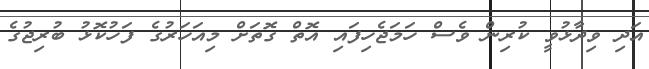
އަދި ވިދާޅުވީ ކުރިން ވެސް ހަމަޖެހިފައި އޮތް ގޮތަށް މިއަހަރުގެ ފަހުކޮޅު ބުރިޖުގެ